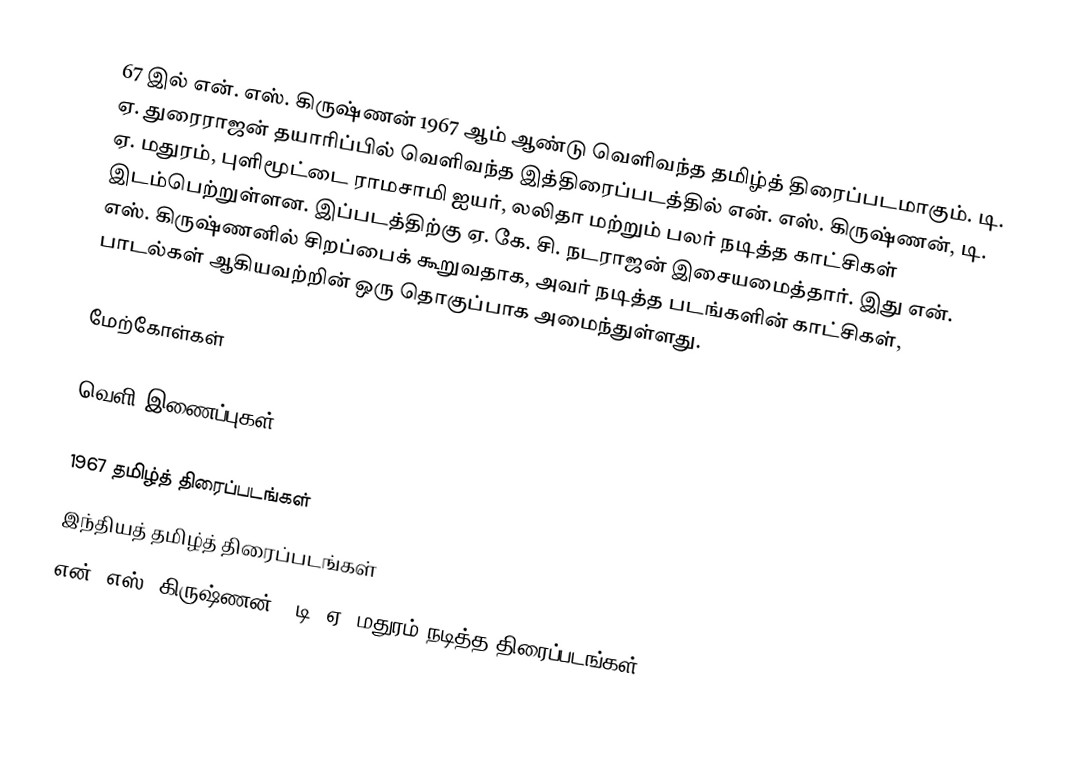
67 இல் என். எஸ். கிருஷ்ணன் 1967 ஆம் ஆண்டு வெளிவந்த தமிழ்த் திரைப்படமாகும். டி. ஏ. துரைராஜன் தயாரிப்பில் வெளிவந்த இத்திரைப்படத்தில் என். எஸ். கிருஷ்ணன், டி. ஏ. மதுரம், புளிமூட்டை ராமசாமி ஐயர், லலிதா மற்றும் பலர் நடித்த காட்சிகள் இடம்பெற்றுள்ளன. இப்படத்திற்கு ஏ. கே. சி. நடராஜன் இசையமைத்தார். இது என். எஸ். கிருஷ்ணனில் சிறப்பைக் கூறுவதாக, அவர் நடித்த படங்களின் காட்சிகள், பாடல்கள் ஆகியவற்றின் ஒரு தொகுப்பாக அமைந்துள்ளது.

மேற்கோள்கள்

வெளி இணைப்புகள்

1967 தமிழ்த் திரைப்படங்கள்
இந்தியத் தமிழ்த் திரைப்படங்கள்
என். எஸ். கிருஷ்ணன் - டி. ஏ. மதுரம் நடித்த திரைப்படங்கள்